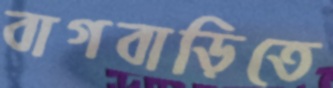
বাগবাড়িতে